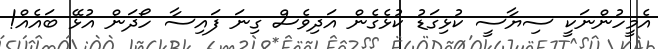
އެމީހުންނަކީ ސިޔާސީ ކުޅިގަޑު ކުޅެގެން އަދިވެސް ގިނަ ފައިސާ ހޯދަން އުޅޭ ބައެއް!